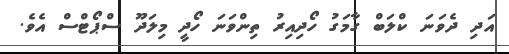
އަދި ދެވަނަ ކްލަބް ގާމަގު ހޯދިއިރު ތިންވަނަ ހޯދީ މިލަދޫ ސްޕޯޓްސް އެވެ.